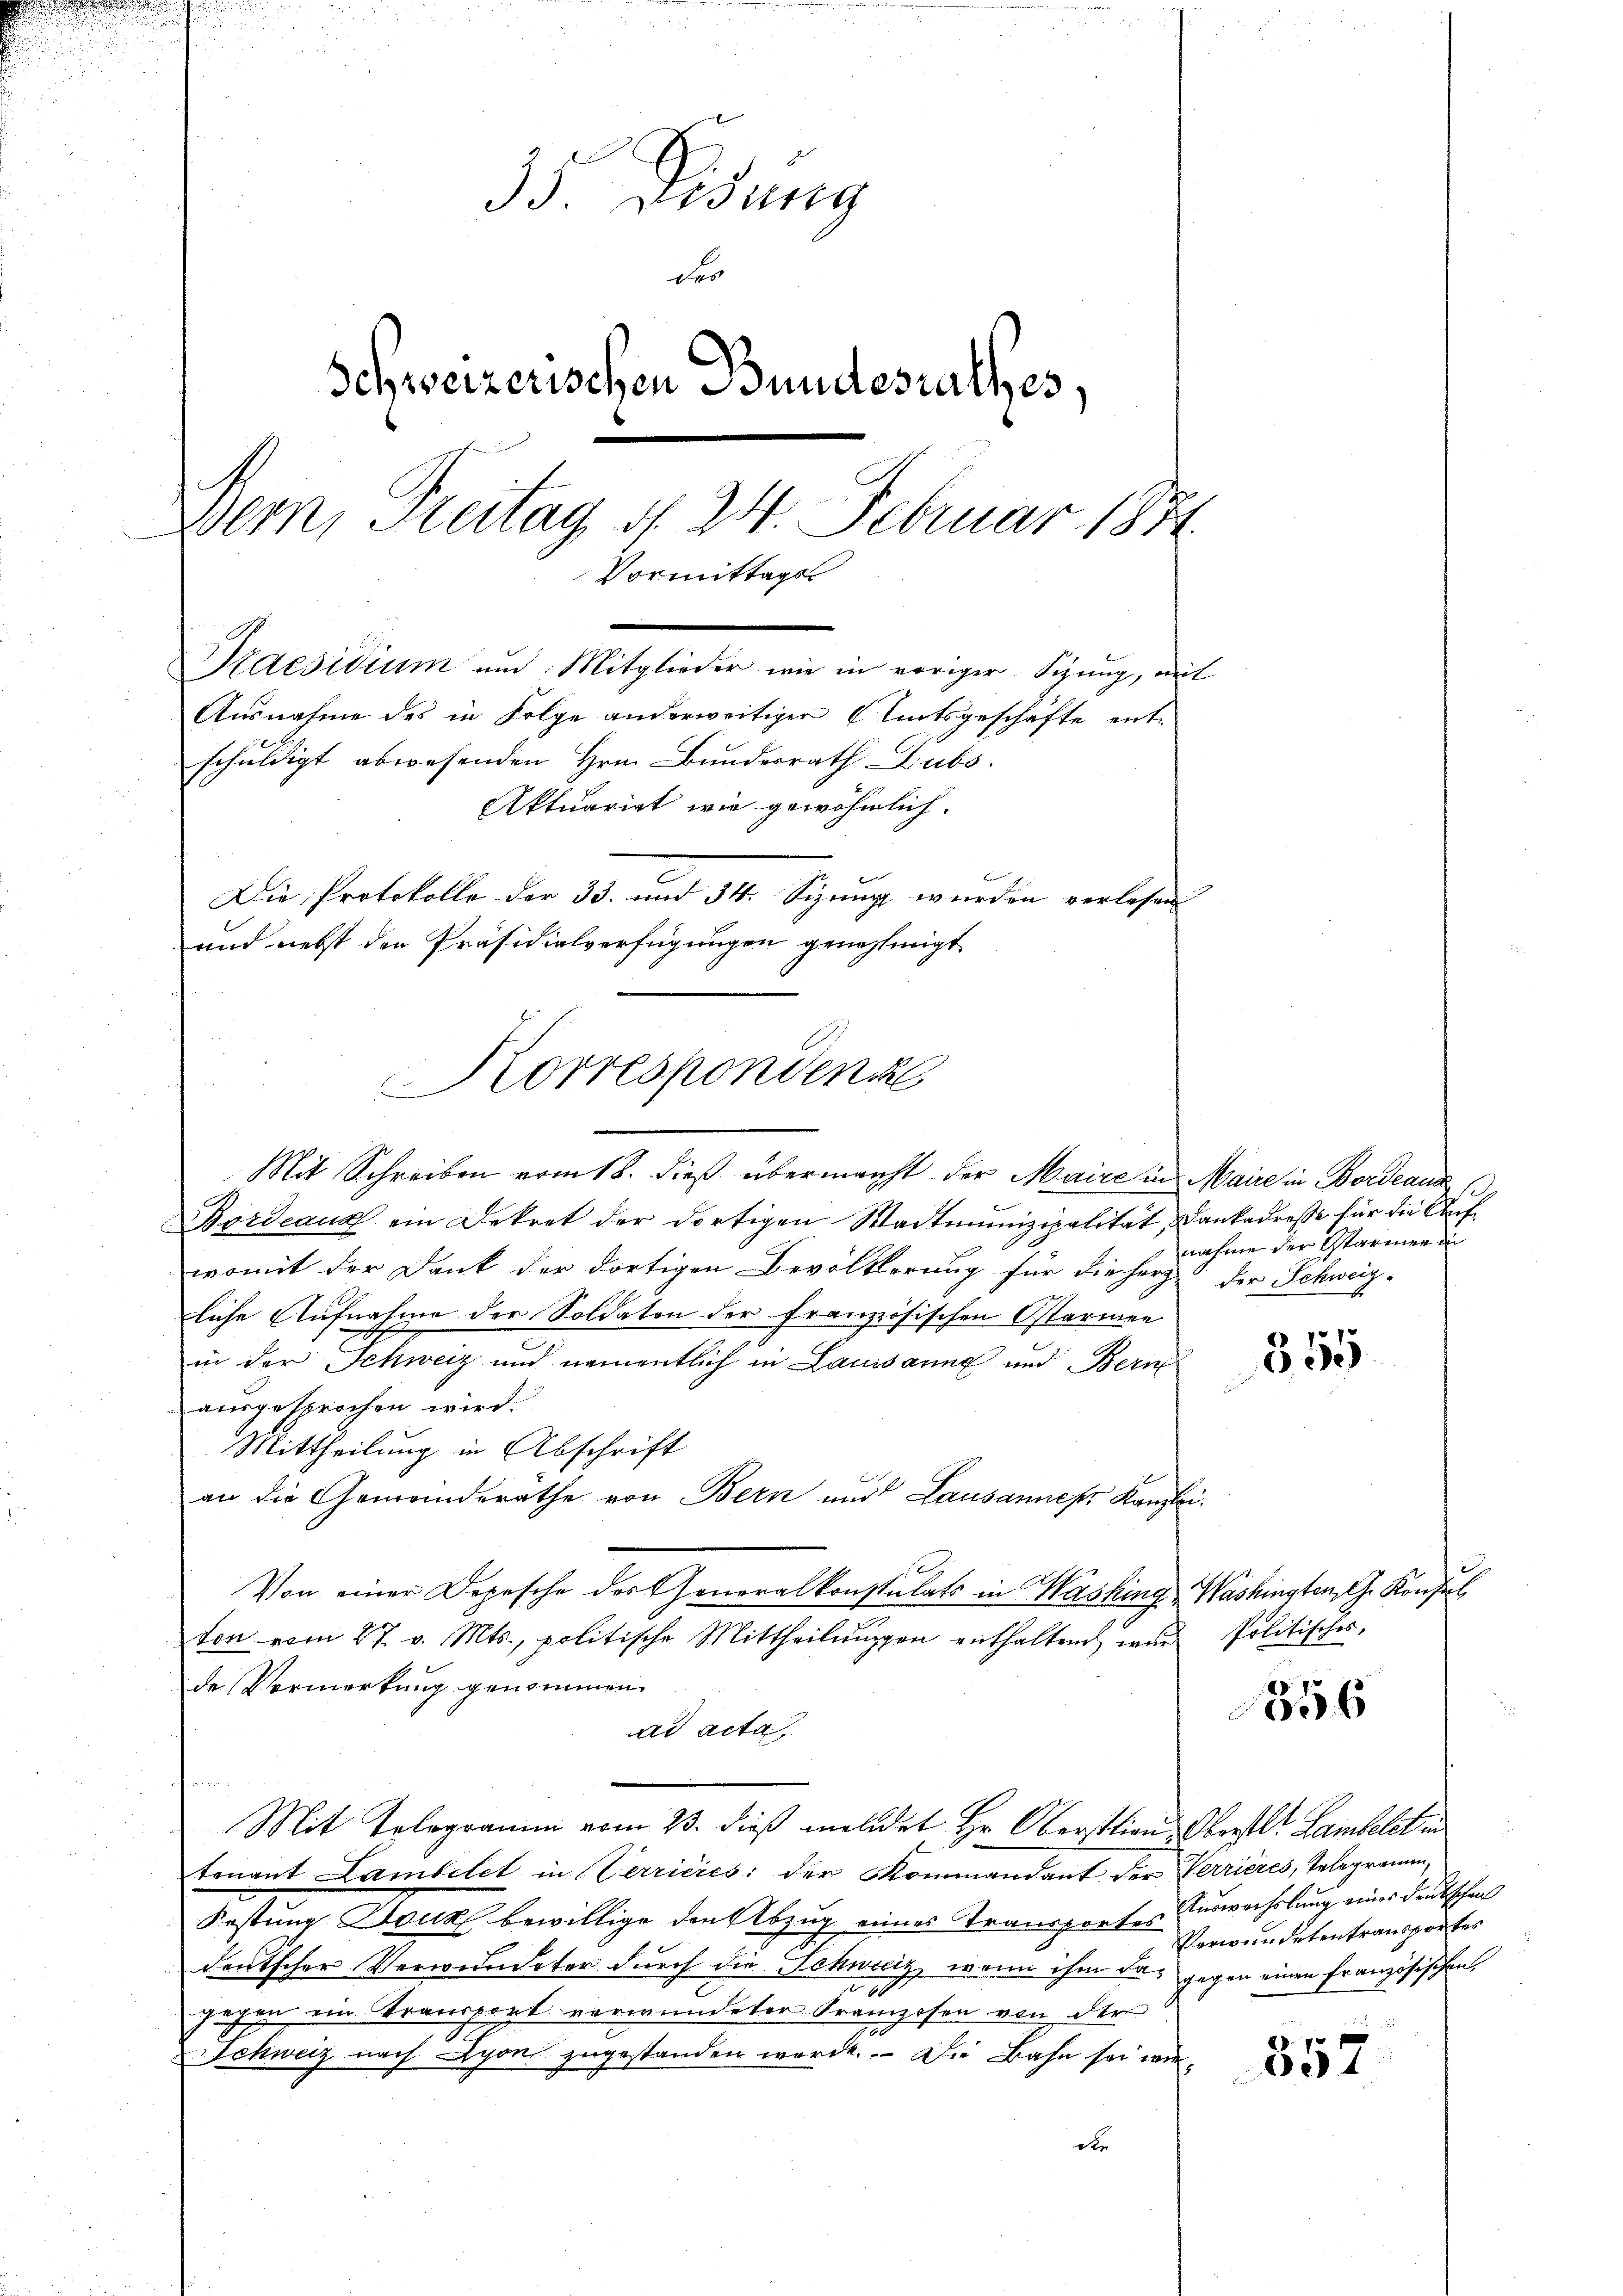
35 Lidung
der
Schweizerischen Bundesrathes,
Bern, Freitag d. 24. Februar 1881
Vormittags
Praesidium und Mitglieder wie in voriger Sitzung, mit
Ausnahme des in Folge anderweitiger Amtsgeschäfte ent-
schuldigt abwesenden Hrn. Bundesrath Dubs
Aktuariat wie gewöhnlich.
Die Protokolle der 33. und 34. Sizung wurden verlesen
und nebst den Präsidialverfügungen genehmigt

Korrespondenz

Mit Schreiben vom 18. dieß übermacht der Maire in Maire in Bordeaus
Bordeaus ein Dekret der dortigen Stadtmunizipalität, dankadresse für die Aufwomit der Dank der dortigen Bevölkerung für die Herz
liche Aufnahme der Soldaten der Französischen Ostarmen
in der Schweiz und namentlich in Lausanne und Bern
ausgesprochen wird.
Mittheilung in Abschrift
an die Gemeinderäthe von Bern und Lausannes Kanzlei.
Von einer Depesche des Generalkonstulats in Washing Washingten, G. Konfel
ton vom 27. v. Mts., politische Mittheilungen enthaltend wur
de Vormerkung genommen.
ad acta,
i
Mit Telegramm vom 23. dieß meldet Hr. Oberation Oberstl. Lambel in
tenant Lambelet in Terricies: der Kommandant der Verrières, Telegramm,
Festung Druk bewillige den Abzug eines Transportes Auswechslung eines deutschen
deutscher Verwundeter durch die Schweiz, wenn ihm das gegen einen französischen
zügen ein Transport verwundeter Kranzosen von der
Schweiz nach Lyon zugestanden werde. Die Bahn sei wiex

nahme der Starenen in
der Schweiz.

355

Politisches,

356

Verwundetentransportes

357